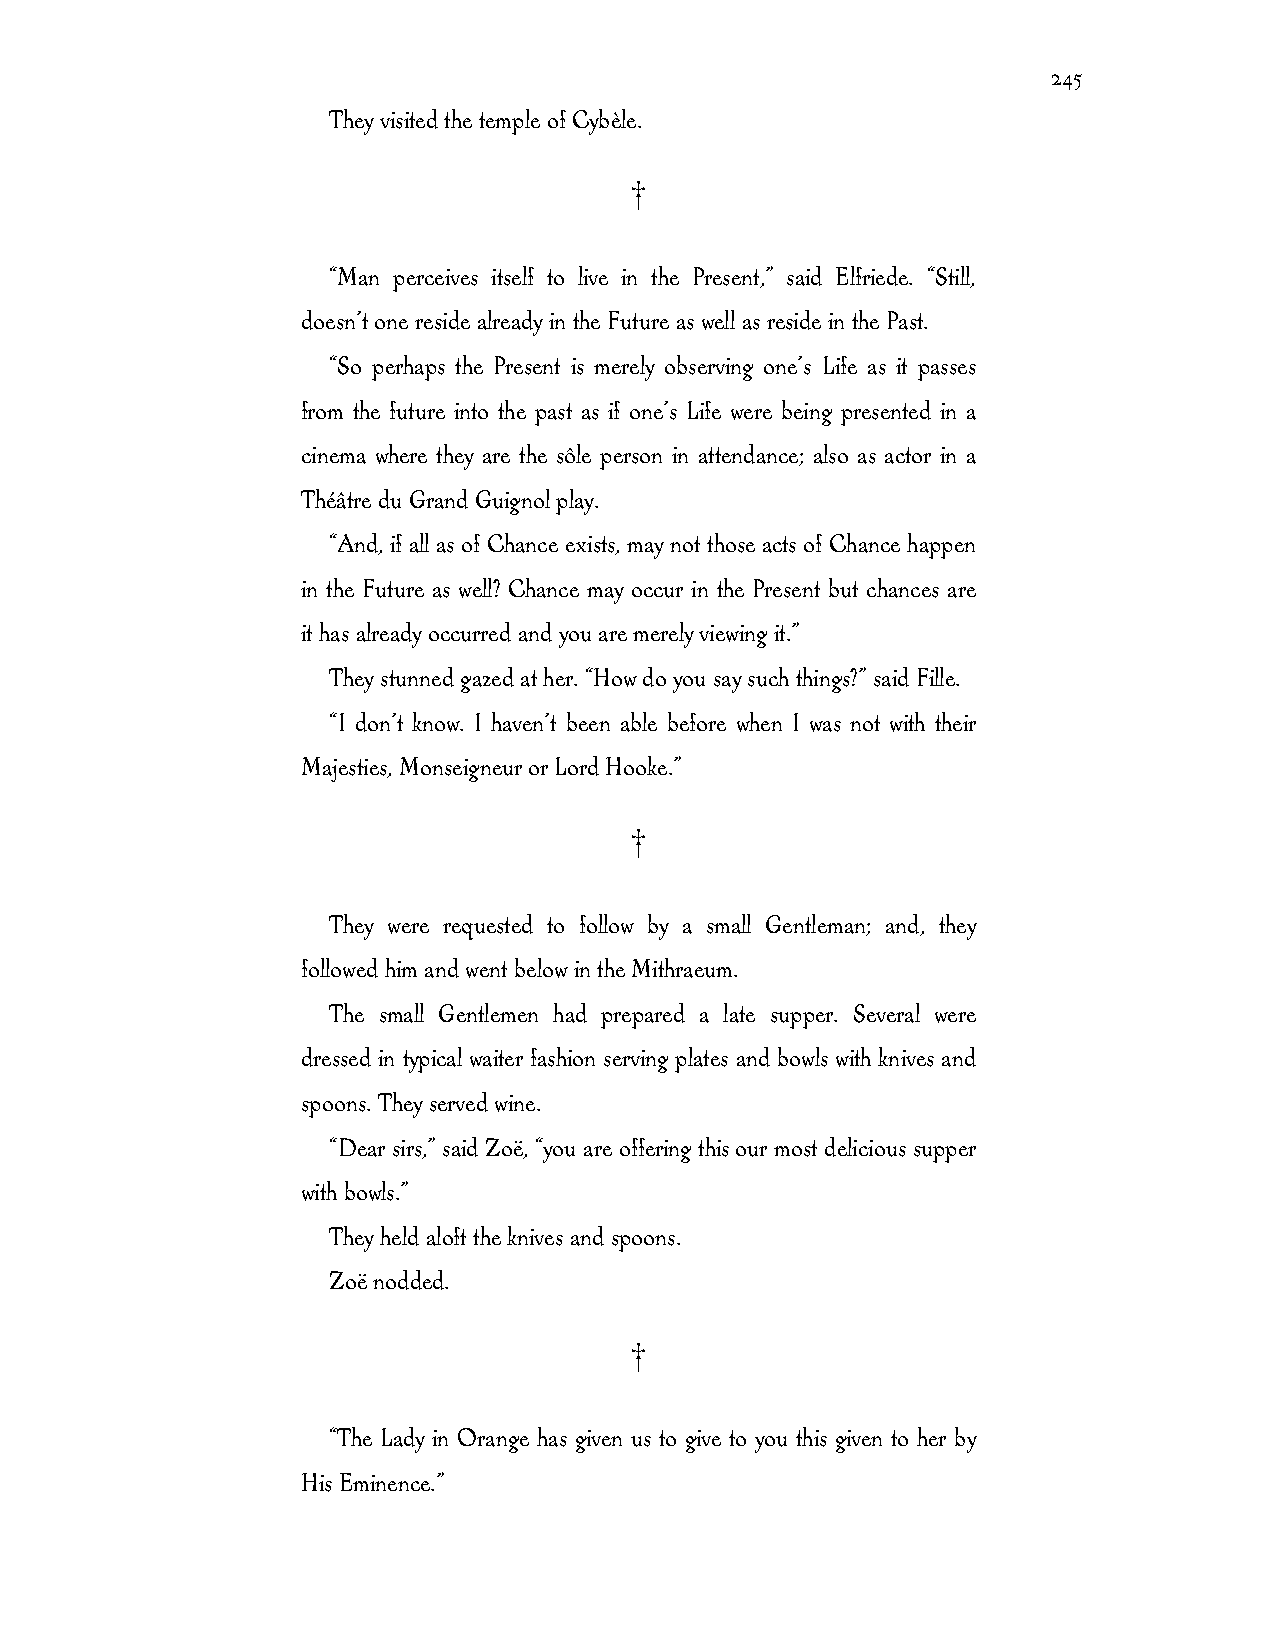
245
 They visited the temple of Cybèle.
 †
 “Man perceives itself to live in the Present,” said Elfriede. “Still,
 doesn’t one reside already in the Future as well as reside in the Past.
 “So perhaps the Present is merely observing one’s Life as it passes
 from the future into the past as if one’s Life were being presented in a
 cinema where they are the sôle person in attendance; also as actor in a
 Théâtre du Grand Guignol play.
 “And, if all as of Chance exists, may not those acts of Chance happen
 in the Future as well? Chance may occur in the Present but chances are
 it has already occurred and you are merely viewing it.”
 They stunned gazed at her. “How do you say such things?” said Fille.
 “I don’t know. I haven’t been able before when I was not with their
 Majesties, Monseigneur or Lord Hooke.”
 †
 They were requested to follow by a small Gentleman; and, they
 followed him and went below in the Mithraeum.
 The small Gentlemen had prepared a late supper. Several were
 dressed in typical waiter fashion serving plates and bowls with knives and
 spoons. They served wine.
 “Dear sirs,” said Zoë, “you are offering this our most delicious supper
 with bowls.”
 They held aloft the knives and spoons.
 Zoë nodded.
 †
 “The Lady in Orange has given us to give to you this given to her by
 His Eminence.”